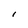
Character: I